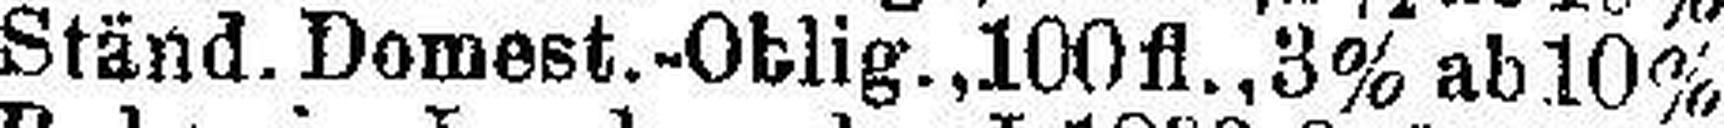
Ständ. Domest.-Oblig.,100 fl., 3% ab 10%